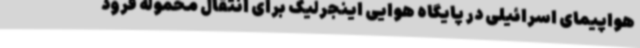
هواپیمای اسرائیلی در پایگاه هوایی اینجرلیک برای انتقال محموله فرود